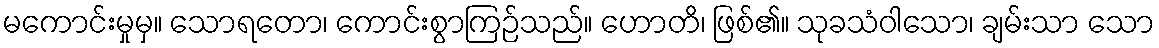
မကောင်းမှုမှ။ သောရတော၊ ကောင်းစွာကြဉ်သည်။ ဟောတိ၊ ဖြစ်၏။ သုခသံဝါသော၊ ချမ်းသာ သော